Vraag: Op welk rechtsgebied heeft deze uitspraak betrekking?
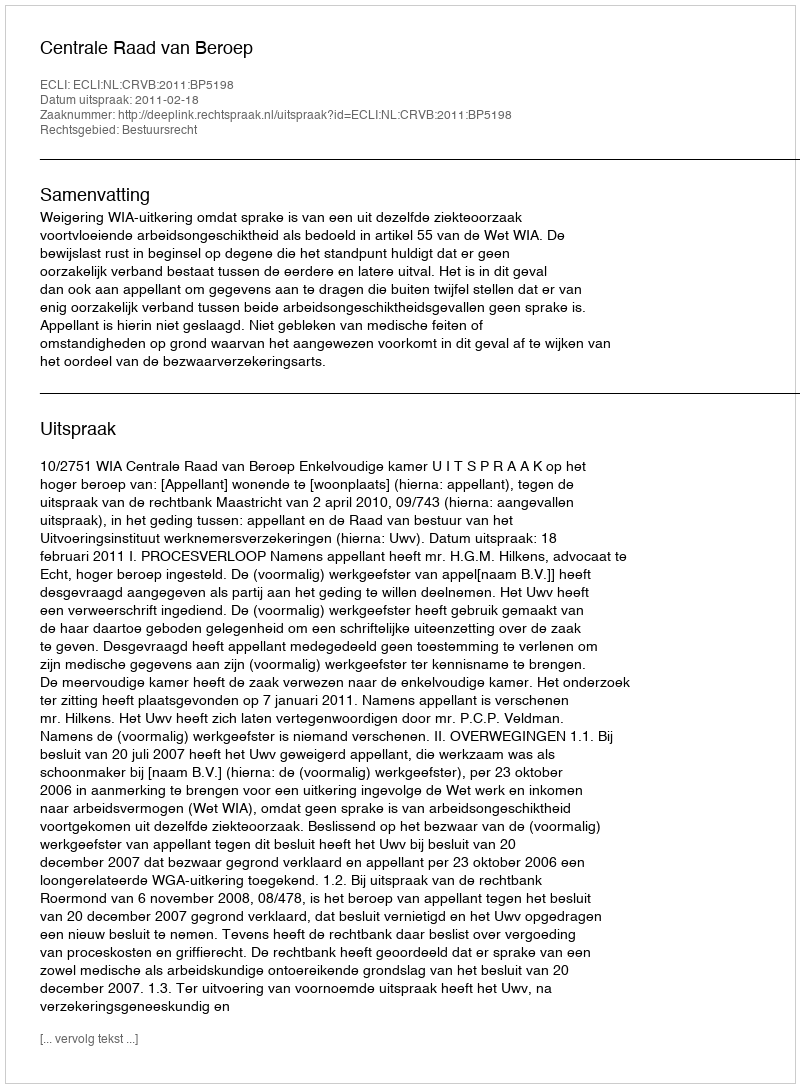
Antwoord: Bestuursrecht